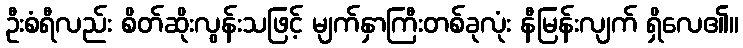
ဦးစံရီလည်း စိတ်ဆိုးလွန်းသဖြင့် မျက်နှာကြီးတစ်ခုလုံး နီမြန်းလျက် ရှိလေ၏။